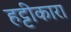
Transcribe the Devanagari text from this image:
हट्टीकारा